Civil Veterinary Department Bengal reports 1923-33 - 1923-1933
Year: 1923
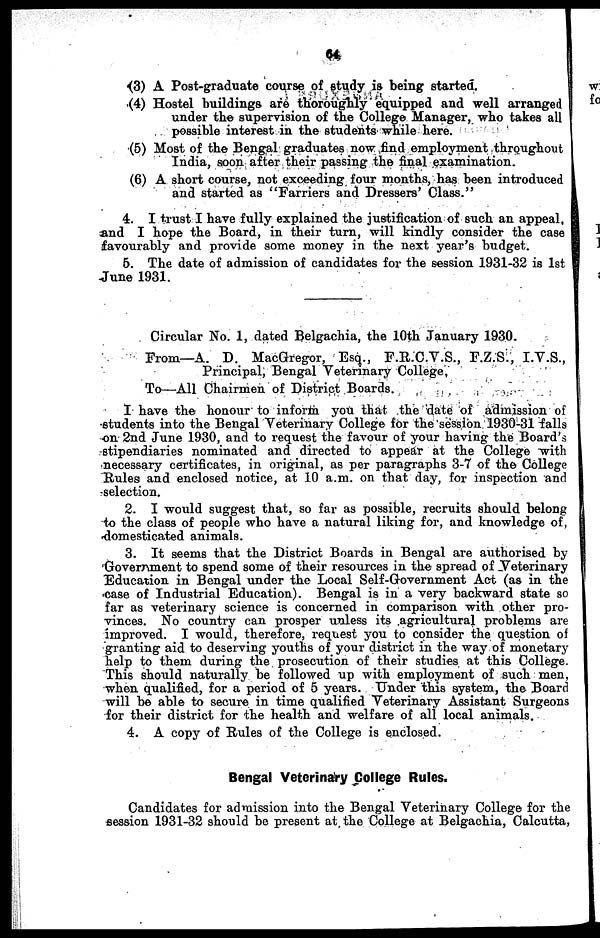
(3) A Post-graduate course of study is being started.
(4) Hostel buildings are thoroughly equipped and well arranged
under the supervision of the College Manager, who takes all
possible interest in the students while here.
(5) Most of the Bengal graduates now find employment throughout
India, soon after their passing the final examination.
(6) A short course, not exceeding four months, has been introduced
and started as "Farriers and Dressers' Class."
4. I trust I have fully explained the justification of such an appeal,
and I hope the Board, in their turn, will kindly consider the case
favourably and provide some money in the next year's budget.
5. The date of admission of candidates for the session 1931-32 is 1st
June 1931.
Circular No. 1, dated Belgachia, the 10th January 1930.
From—A. D. MacGregor, Esq., F.R.C.V.S., F.Z.S., I.V.S..
Principal, Bengal Veterinary College.
To—All Chairmen of District Boards.
I have the honour to inform you that the date of admission of
students into the Bengal Veterinary College for the session 1930-31 falls
on 2nd June 1930. and to request the favour of your having the Board's
stipendiaries nominated and directed to appear at the College with
necessary certificates, in original, as per paragraphs 3-7 of the College
Rules and enclosed notice, at 10 a.m. on that day, for inspection and
selection.
2. I would suggest that, so far as possible, recruits should belong
to the class of people who have a natural liking for. and knowledge of.
domesticated animals.
3. It seems that the District Boards in Bengal are authorised by
Government to spend some of their resources in the spread of Veterinary
Education in Bengal under the Local Self-Government Act (as in the
case of Industrial Education). Bengal is in a very backward state so
far as veterinary science is concerned in comparison with other pro-
vinces. No country can prosper unless its agricultural problems are
improved. I would, therefore, request you to consider the question of
granting aid to deserving youths of your district in the way of monetary
help to them during the prosecution of their studies at this College.
This should naturally be followed up with employment of such men.
when qualified, for a period of 5 years. Under this system, the Board
will be able to secure in time qualified Veterinary Assistant Surgeons
for their district for the health and welfare of all local animals.
4. A copy of Rules of the College is enclosed.
Bengal Veterinary College Rules.
Candidates for admission into the Bengal Veterinary College for the
session 1931-32 should be present at the College at Belgachia, Calcutta,